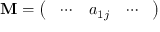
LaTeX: \mathbf { M } = { \left( \begin{array} { l l l } { \ \cdots } & { a _ { 1 j } } & { \cdots \ } \end{array} \right) }